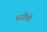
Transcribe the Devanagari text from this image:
सजीली